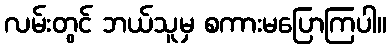
လမ်းတွင် ဘယ်သူမှ စကားမပြောကြပါ။